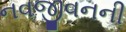
નવજીવનની